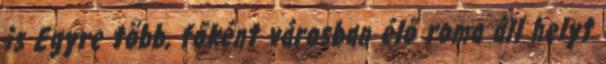
is Egyre több, főként városban élő roma áll helyt